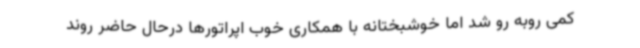
کمی روبه رو شد اما خوشبختانه با همکاری خوب اپراتورها درحال حاضر روند